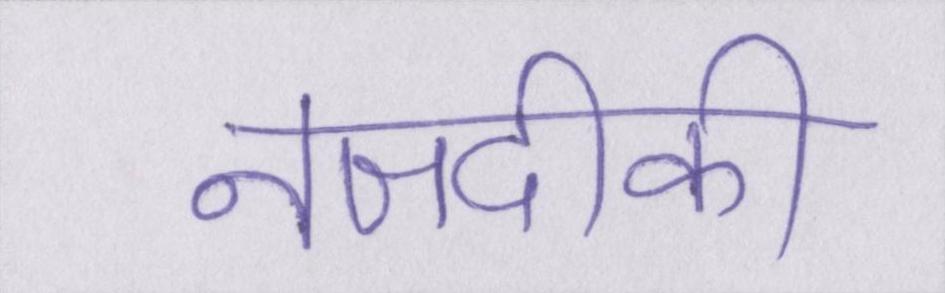
नजदीकी